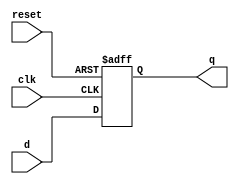
module flipflop
(
	input clk , reset ,
	input [31:0] d,
	output reg [31:0] q
);
	always @(posedge clk , posedge reset)
		if (reset)
			q <= 32'd0 ;
		else
			q <= d ;
		
endmodule